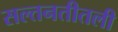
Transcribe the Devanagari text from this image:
सल्तनतीतली